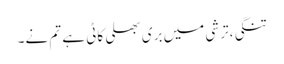
تنگی،ترشی میں بری بھلی کاٹی ہے تم نے۔